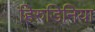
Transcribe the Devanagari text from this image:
हिरुडिनिया